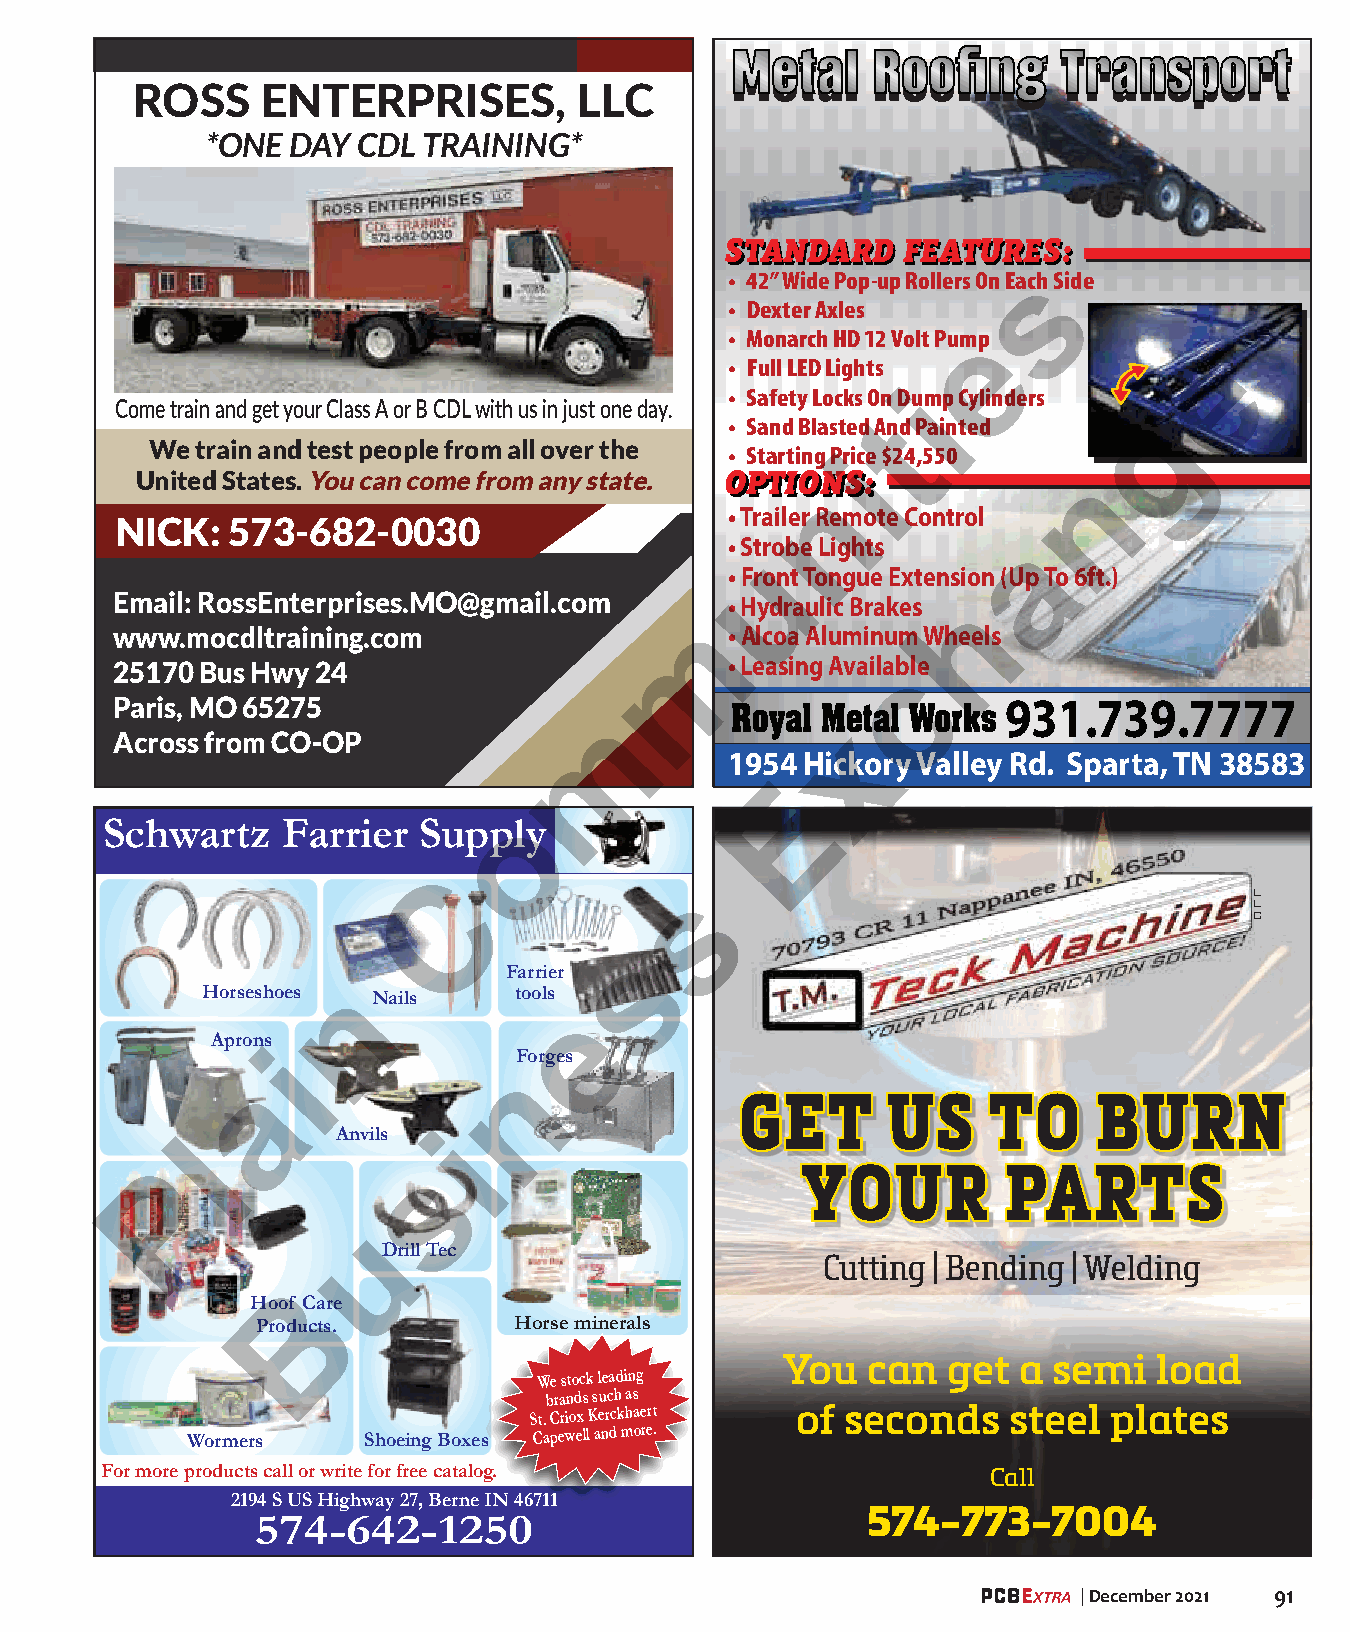
ROSS    ENTERPRISES,         LLC
 *ONE DAY  CDL TRAINING*
 SSTTAANNDDAARRDD FFEEAATTUURREESS ::
 • 42” Wide Pop-up Rollers On Eacsh Side
 • Dexter Axles
 • Monarch HD 12 Volt Pumep
 e
 • Full LED Lights
 • Safety Locks On Duimp Cylinders
 Come train and get your Class A or B CDL with us in just one day.   g
 • Sand Blasted Atnd Painted
 We train and test people from all over the
 • Starting Price $24,550
 i
 United States. You can come from any state. OOPPTTIIOONNSS::   n
 n
 •Trailer Remote Control
 NICK:  573-682-0030
 •Strobe Lights      a
 u
 •Front Tongue Extension (Up To 6ft.)
 Email: RossEnterprises.MO@gmail.com     •Hydraulic Brakes h
 m
 www.mocdltraining.com                   •Alcoa Aluminum Wheels
 25170 Bus Hwy 24                        •Leasing Availab cle
 Paris, MO 65275                                            931.739.7777
 m
 Across from CO-OP                               x
 1954 Hickory Valley Rd. Sparta, TN 38583
 E
 o
 Schwartz    Farrier  Supply
 C
 s                                     L
 L
 C
 s
 Farrier
 Horseshoes n Nails   tools
 e
 Aprons
 i               Forges
 n
 a
 GGEETT    UUSS  TTOO    BBUURRNN
 Anvils  i
 l
 P                s                        YYOOUURR      PPAARRTTSS
 u
 Drill Tec
 Cutting | Bending | Welding
 B
 Hoof Care
 Products.        Horse minerals
 You  can   get a  semi   load
 We stock leading
 brands such as
 St. Criox Kerckhaert of seconds steel plates
 Wormers     Shoeing Boxes Capewell and more.
 For more products call or write for free catalog.          Call
 2194 S US Highway 27, Berne IN 46711
 574-773-7004
 574-642-1250
 | December 2021 91